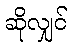
ဆိုလျှင်